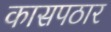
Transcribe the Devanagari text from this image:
कासपठार